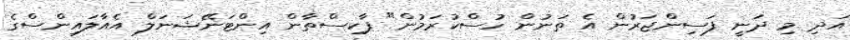
އަދި މި ދަނީ ފަސިންޖަރުން އެ ތަނުން ހުސްކުރަމުން" ޕާކިސްތާން އިންޓަނޭޝަނަލް އެއާލައިންސްގެ